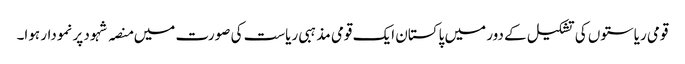
قومی ریاستوں کی تشکیل کے دور میں پاکستان ایک قومی مذہبی ریاست کی صورت میں منصہ شہود پر نمودار ہوا۔